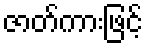
ဇာတ်ကားဖြင့်